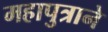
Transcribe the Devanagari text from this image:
महापुत्राने